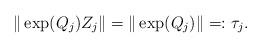
LaTeX: \begin{align*}\|\exp(Q_{j})Z_{j}\|= \| \exp(Q_{j})\|=:\tau_j.\end{align*}